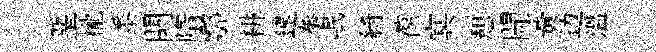
堊櫳黍闕隋鄠耕速拳岷綺葆㝠憩閜黃边温